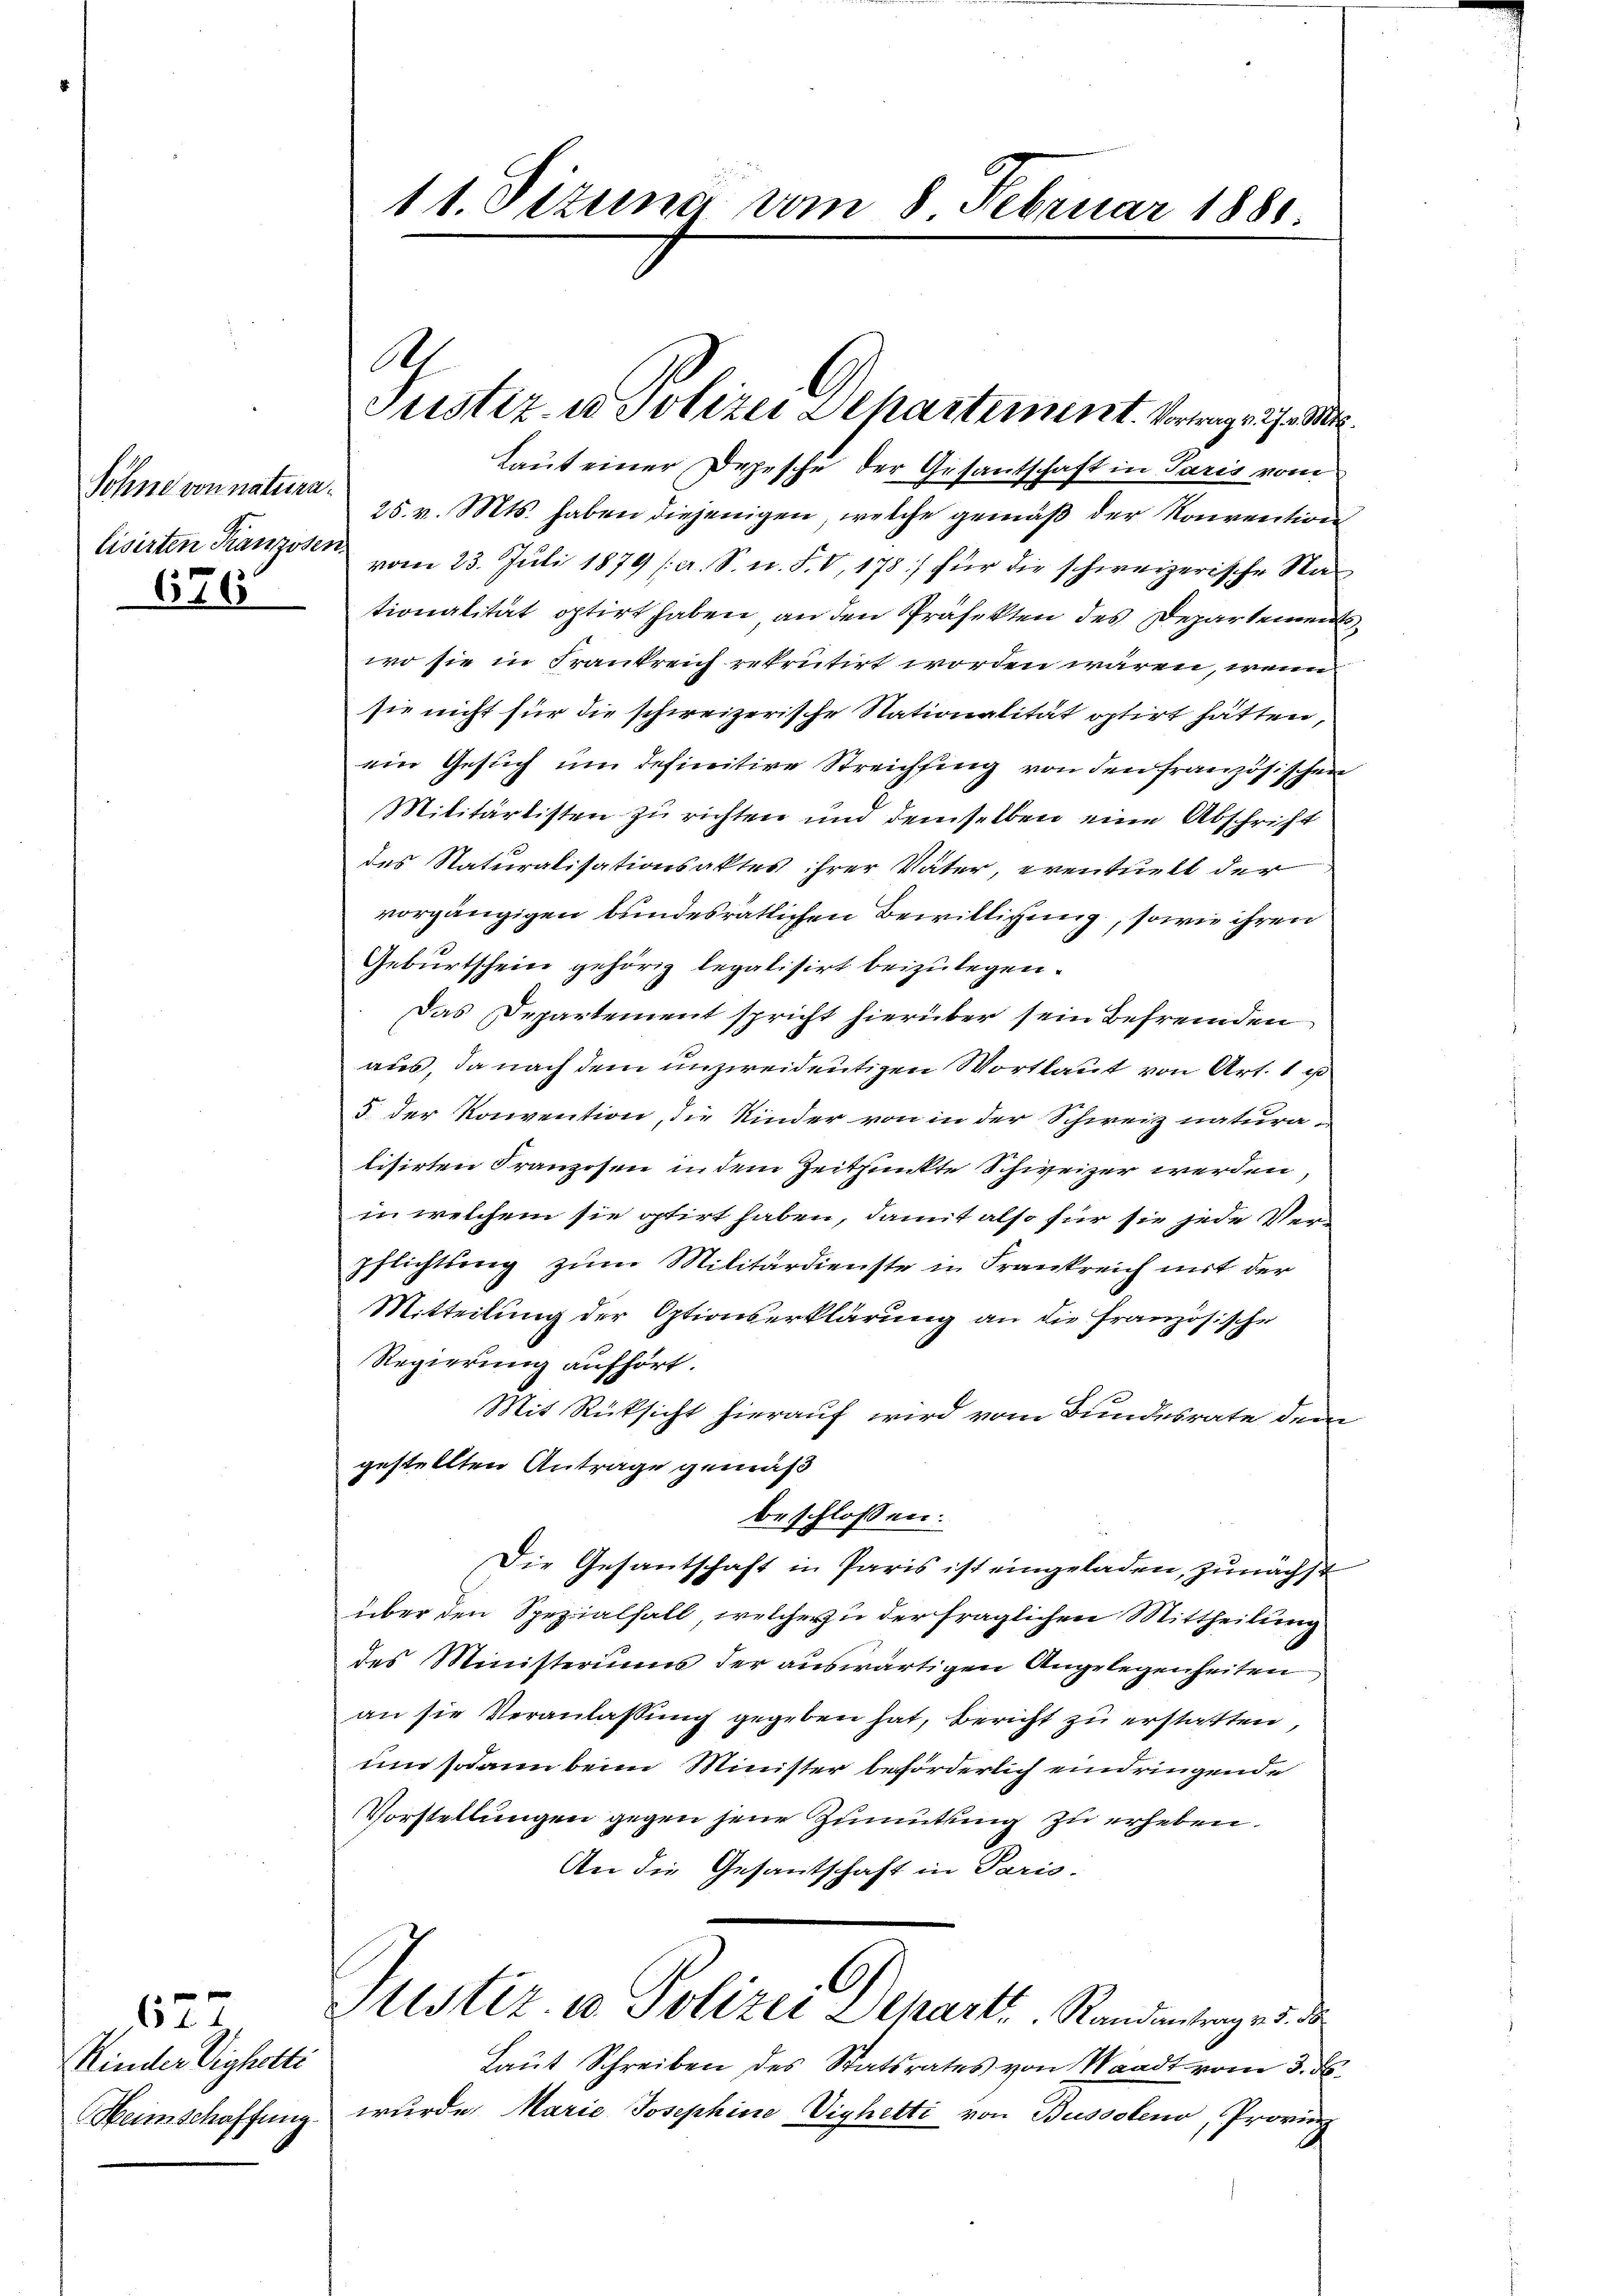
Söhne von natura.
lisirten Franzosen
676

Kinder Vighetti

822

Laut einer Depesche der Gesantschaft in Paris vom
25. v. Mts. haben diejenigen, welche gemäß der Konvention
vom 23. Juli 1879 (a. S. n. F. V, 178) für die schweizerische Nationalität optirt haben, an den Präfekten des Departements
wo sie in Frankreich rekrutirt worden wären, wenn
sie nicht für die schweizerische Nationalität optirt hätten,
ein Gesuch um definitive Streichfing von den französischen
Militärlisten zu richten und demselben eine Abschrift
des Naturalisationsaktes ihrer Väter, eventuell der
vorgängigen bundesrätlichen Bewilligung, sowie ihren
Geburtschein gehörig legalisirt beizulegen.
Das Departement spricht hierüber sein Befremden
aues, da nach dem unzweideutigen Wortlaut von Art. 1
5 der Konvention, die Kinder von in der Schweiz natura-
lisirten Franzosen in dem Zeitpunkte Schweizer werden,
in welchem sie ptirt haben, damit also für sie jede Verpflichtung zum Militärdienste in Frankreich mit der
Mitteilung der Optionserklärung an die Französische
Regierung aufhört.
Mit Rücksicht hierauf wird vom Bundesrate dem
gestellten Antrage gemäß
beschlossen:
Die Gesantschaft in Paris ist eingeladen, zunächst
über den Spezialfall, welcher zu der fraglichen Mittheilung
des Ministeriums der auswärtigen Angelegenheiten
an sie Veranlassung gegeben hat, Bericht zu erstatten,
und sodann beim Minister beförderlich eindringende
Vorstellungen gegen jene Zumutung zu erheben.
An die Gesantschaft in Paris-
A
Zustiz- u. Polizei Schart, Randantrage d. d
Laŭt Schreiben des Statsrates von Waadt vom 3. ds.
Heimschaffung wurde Marie Josephine Vighetti von Bussoleno, Provinz

11. Sizung vom 8. Februar 1881.

.

Justiz- u. Polizei Departement. Vortrag v. 27. Mts.